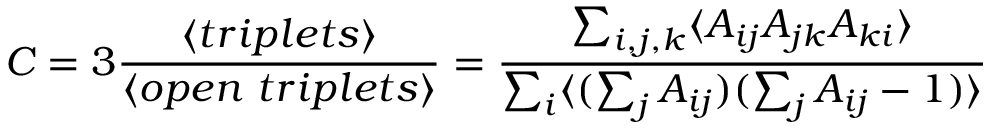
C = 3 \frac { \langle { t r i p l e t s } \rangle } { \langle { o p e n \, \, t r i p l e t s } \rangle } = \frac { \sum _ { i , j , k } \langle { A _ { i j } A _ { j k } A _ { k i } } \rangle } { \sum _ { i } \langle { ( \sum _ { j } A _ { i j } ) ( \sum _ { j } A _ { i j } - 1 ) } \rangle }